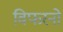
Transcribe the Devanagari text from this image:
विफरनो